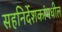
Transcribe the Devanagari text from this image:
सहनिर्देशकांमधील